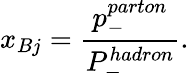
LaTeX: x_{Bj}=\frac{p_{-}^{parton}}{P_{-}^{hadron}}.